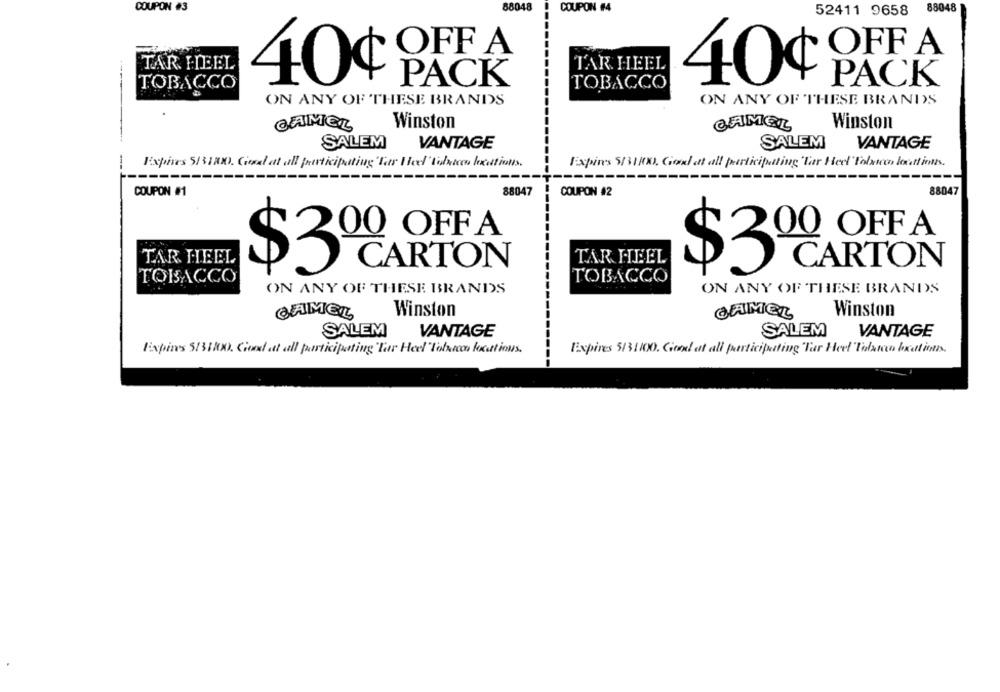
68048
COUPON #3
COUPON #4
52411 9658
88048
OFF A
OFF A
TAR HEEL
TAR HEEL
---
40¢
PACK
40¢
PACK
TOBACCO
TOBACCO
ON ANY OF THESE BRANDS
ON ANY OF THESE BRANDS
Winston
Winston
CAMEL
CAMEL
SALEM
VANTAGE
SALEM
VANTAGE
Expires 513181). Cional at all participating 'Tar Heel' Valetcon Ixations.
Fixpin's 5/31RX), Godl at all perticipetting 'Tar Heel Folxtcco locations.
----
------
COUPON #1
88047
COUPON #2
88047
00 OFFA
00 OFF A
TAR HEEL
CARTON
TAR HEEL
CARTON
$3
$3
TOBACCO
TOBACCO
ON ANY OF THESE BRANDS
ON ANY OF THESE BRANDS
CAMEL
Winston
CAMEL
Winston
SALEM
VANTAGE
SALEM
VANTAGE
Expires 5131RX). Cione att all participating 'Tar Heel"Tobutco locations.
Expires 5131100. Good at all participating Tar Heel "Tolanccu brations.